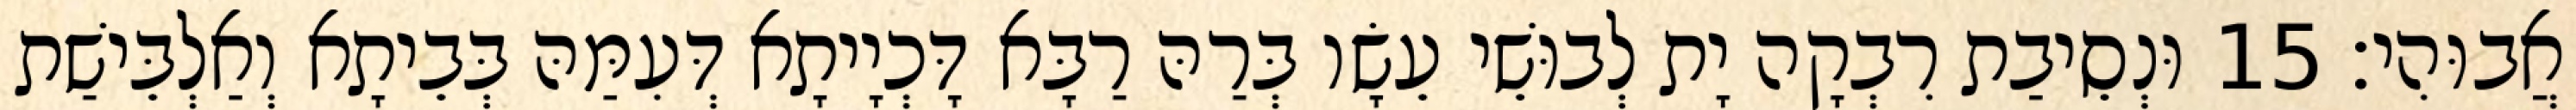
אֲבוּהִי׃ 15 וּנְסֵיבַת רִבְקָה יָת לְבוּשֵׁי עֵשָׂו בְּרַהּ רַבָּא דָּכְיָיתָא דְּעִמַּהּ בְּבֵיתָא וְאַלְבֵּישַׁת